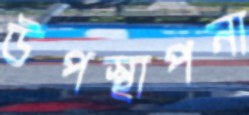
উপস্থাপনা